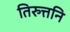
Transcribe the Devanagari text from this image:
तिरुत्तनि